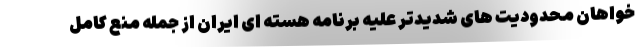
خواهان محدودیت های شدیدتر علیه برنامه هسته ای ایران از جمله منع کامل